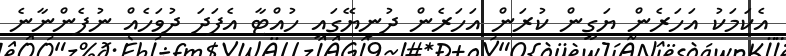
އެކަމަކު އަހަރެން ޔަގީން ކުރަން އަހަރެން ދުނިޔޭގައި ހުއްޓާ އެފަދަ ދުވަހެއް ނުފެންނާނެ